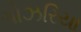
ગોઝરિયા